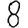
Digit: 8